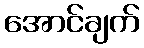
အောင်ချက်